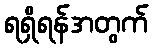
ရရှိရန်အတွက်